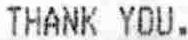
THANK YOU.